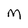
Character: M